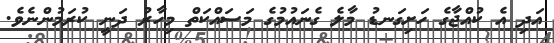
އަދި އެ ކުއްޖާގެ ހަށިގަނޑު މާލެ ގެނައުމުގެ މަސައްކަތް މިހާރު ދަނީ ކުރަމުންނެވެ.